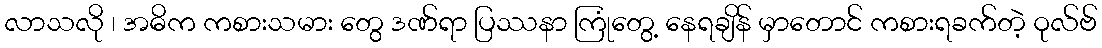
လာသလို ၊ အဓိက ကစားသမား တွေ ဒဏ်ရာ ပြဿနာ ကြုံတွေ့ နေရချိန် မှာတောင် ကစားရခက်တဲ့ ဝုလ်ဗ်